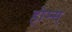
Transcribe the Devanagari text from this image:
होम्स्